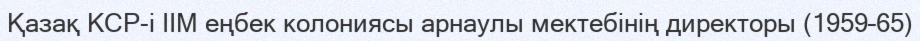
Қазақ КСР-і ІІМ еңбек колониясы арнаулы мектебінің директоры (1959–65)